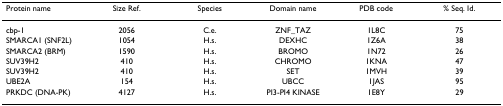
<table><thead><tr><td><b>Protein name</b></td><td><b>Size Ref.</b></td><td><b>Species</b></td><td><b>Domain name</b></td><td><b>PDB code</b></td><td><b>% Seq. Id.</b></td></tr></thead><tbody><tr><td>cbp-1</td><td>2056</td><td>C.e.</td><td>ZNF_TAZ</td><td>1L8C</td><td>75</td></tr><tr><td>SMARCA1 (SNF2L)</td><td>1054</td><td>H.s.</td><td>DEXHC</td><td>1Z6A</td><td>38</td></tr><tr><td>SMARCA2 (BRM)</td><td>1590</td><td>H.s.</td><td>BROMO</td><td>1N72</td><td>26</td></tr><tr><td>SUV39H2</td><td>410</td><td>H.s.</td><td>CHROMO</td><td>1KNA</td><td>47</td></tr><tr><td>SUV39H2</td><td>410</td><td>H.s.</td><td>SET</td><td>1MVH</td><td>39</td></tr><tr><td>UBE2A</td><td>154</td><td>H.s.</td><td>UBCC</td><td>1JAS</td><td>95</td></tr><tr><td>PRKDC (DNA-PK)</td><td>4127</td><td>H.s.</td><td>PI3-PI4 KINASE</td><td>1E8Y</td><td>29</td></tr></tbody></table>